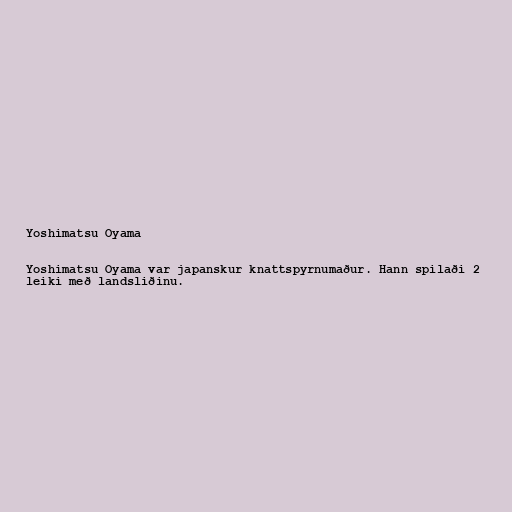
Yoshimatsu Oyama

Yoshimatsu Oyama var japanskur knattspyrnumaður. Hann spilaði 2
leiki með landsliðinu.